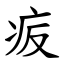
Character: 㽹